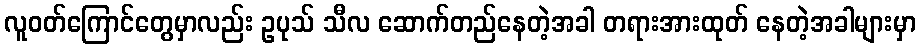
လူဝတ်ကြောင်တွေမှာလည်း ဥပုသ် သီလ ဆောက်တည်နေတဲ့အခါ တရားအားထုတ် နေတဲ့အခါများမှာ